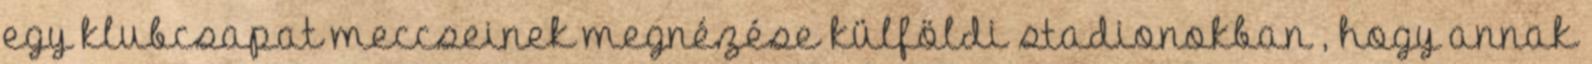
egy klubcsapat meccseinek megnézése külföldi stadionokban , hogy annak